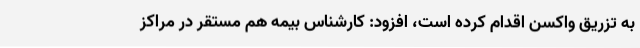
به تزریق واکسن اقدام کرده است، افزود: کارشناس بیمه هم مستقر در مراکز